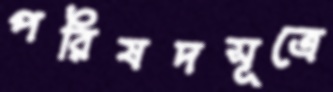
পরিষদসূত্রে